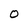
Character: O